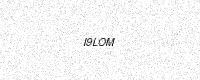
Text: I9LOM